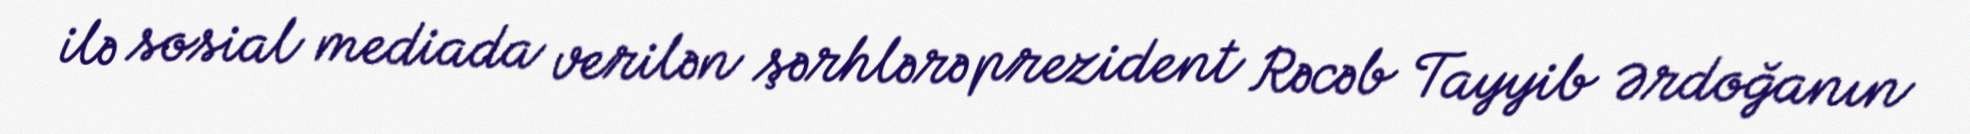
ilə sosial mediada verilən şərhlərə prezident Rəcəb Tayyib Ərdoğanın